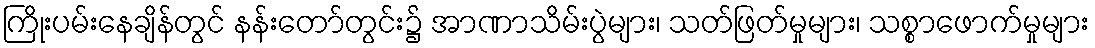
ကြိုးပမ်းနေချိန်တွင် နန်းတော်တွင်း၌ အာဏာသိမ်းပွဲများ၊ သတ်ဖြတ်မှုများ၊ သစ္စာဖောက်မှုများ